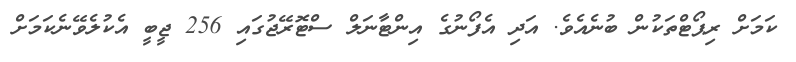
ކަމަށް ރިޕޯޓްތަކުން ބުނެއެވެ. އަދި އެފޯނުގެ އިންޓާނަލް ސްޓޮރޭޖުގައި 256 ޖީބީ އެކުލެވޭނެކަމަށް